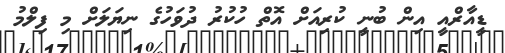
ޑީއާރްއީ އިން ބުނީ ކުރިއަށް އޮތް ހުކުރު ދުވަހުގެ ނިޔަލަށް މި ފިލްމު